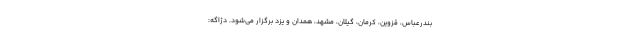
بندرعباس، قزوین، کرمان، گیلان، مشهد، همدان و یزد برگزار می‌شود. دژاگه: